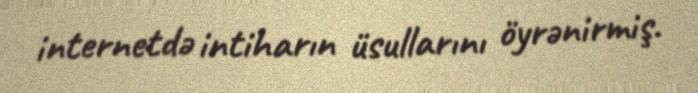
internetdə intiharın üsullarını öyrənirmiş.